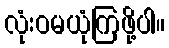
လုံးဝမယုံကြဖို့ပါ။